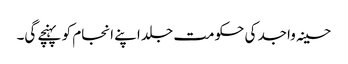
حسینہ واجد کی حکومت جلد اپنے انجام کو پہنچے گی۔